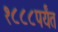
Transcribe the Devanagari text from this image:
१८८८पर्यंत